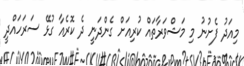
މިއަދު ފެށުނު މި މަޝްވަރާތައް ކުރިއަށް ގެންދަނީ ދެ ކޮރެއާ ގުޅޭ ސަރަހައްދީ